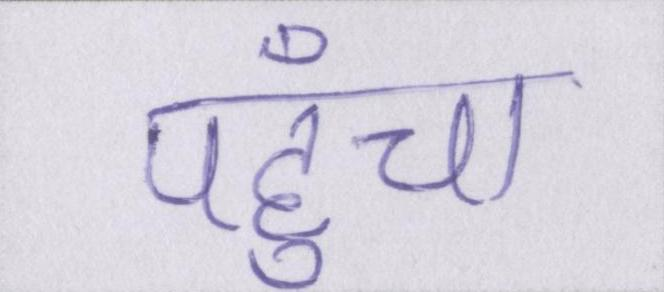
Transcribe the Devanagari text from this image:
पहुँचा